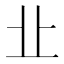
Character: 㐀